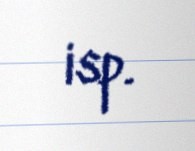
isp.